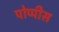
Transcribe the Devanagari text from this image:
पोप्पीेस